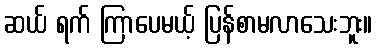
ဆယ် ရက် ကြာပေမယ့် ပြန်စာမလာသေးဘူး။